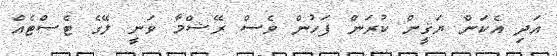
އަދި އެކަން ޔަޤީން ކުރަން ފަހުން ވެސް ރޭޝްމާ ވަނީ ލޭގެ ޓެސްޓެއް